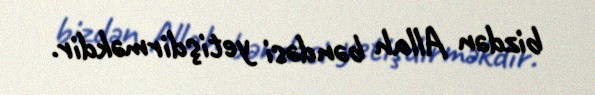
bizdən Allah bəndəsi yetişdirməkdir.